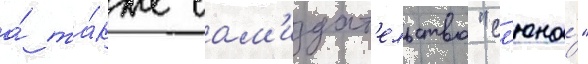
а́ та́кже сам'издат'ельство "сл'юна́"